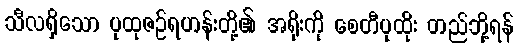
သီလရှိသော ပုထုဇဉ်ရဟန်းတို့၏ အရိုးကို စေတီပုထိုး တည်ဘို့ရန်